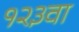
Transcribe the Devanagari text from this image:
१२३वा